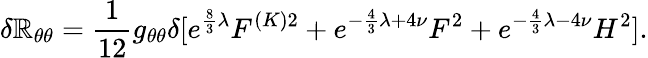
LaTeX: \delta\mathbb{R}_{\theta\theta}=\frac{{1}}{{12}}g_{\theta\theta}\delta[e^{\frac{{8}}{{3}}\lambda}F^{(K)2}+e^{-\frac{{4}}{{3}}\lambda+4\nu}F^{2}+e^{-\frac{{4}}{{3}}\lambda-4\nu}H^{2}].